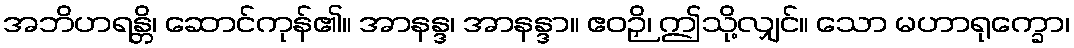
အဘိဟရန္တိ၊ ဆောင်ကုန်၏။ အာနန္ဒ၊ အာနန္ဒာ။ ဧဝဉှိ၊ ဤသို့လျှင်။ သော မဟာရုက္ခော၊